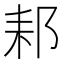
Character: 䣂